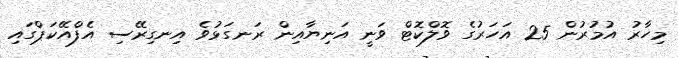
މިހާރު އުމުރުން 25 އަހަރުގެ ވޮލްކޮޓް ވަނީ އަނިޔާއިން ރަނގަޅުވެ އިނގިރޭސި އެފްއޭކަޕްގައި